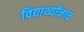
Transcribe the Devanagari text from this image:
विद्यार्थ्यांनाच